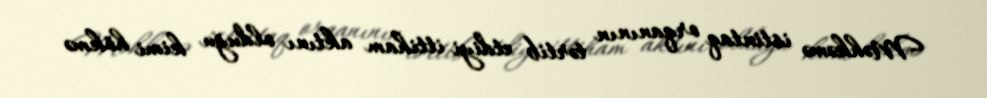
Məhkəmə istintaq orqanının tərtib etdiyi ittiham aktını olduğu kimi hökmə